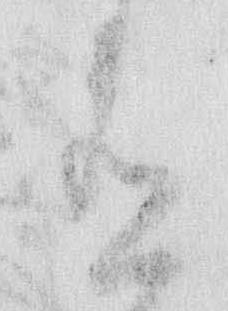
有